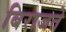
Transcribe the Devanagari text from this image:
बिराजते